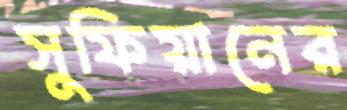
সুফিয়ানের